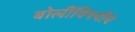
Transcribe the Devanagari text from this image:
बोलींविषयींचे